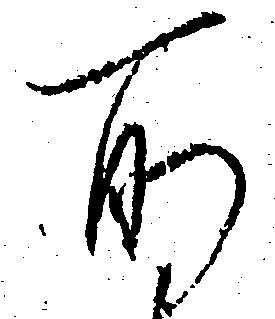
所